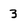
Character: 3